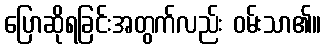
ပြောဆိုရခြင်းအတွက်လည်း ဝမ်းသာ၏။